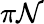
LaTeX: \pi\mathcal{N}